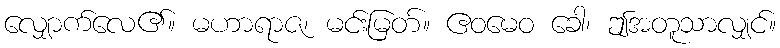
လျှောက်လေ၏။ မဟာရာဇ၊ မင်းမြတ်။ ဧဝမေဝ ခေါ၊ ဤအတူသာလျှင်။